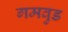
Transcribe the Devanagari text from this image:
गमवुड